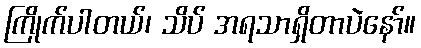
ကြိုက်ပါတယ်၊ သိပ် အရသာရှိတာပဲနော်။